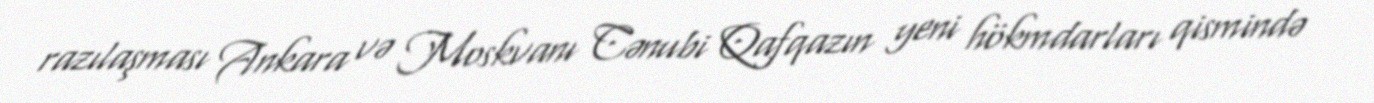
razılaşması Ankara və Moskvanı Cənubi Qafqazın yeni hökmdarları qismində